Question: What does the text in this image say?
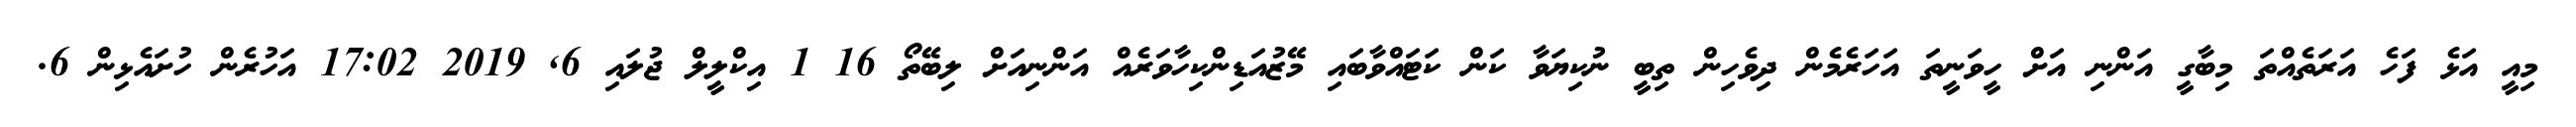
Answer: މިއީ އަޅެ ފަހެ އަރަތެއްތަ މިބާގީ އަންނި އަށް ހީވަނީތަ އަހަރެމެން ދިވެހިން ތިބީ ނުކިޔަވާ ކަން ކަޓައްވާބައި މޭޒުއަޑިންކިހާވަރެއް އަންނިއަށް ލިބޭތޯ 16 1 އިކްލީލް ޖުލައި 6, 2019 17:02 އަހުރެން ހުށައެޅިން 6.